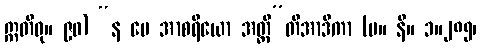
ဣတိဝု။ ၉၀) “န မေ အာစရိယော အတ္ထီ”တိအာဒိကာ (မ။ နိ။ ၁။၂၈၅၊